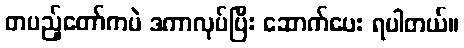
တပည့်တော်ကပဲ ဒကာလုပ်ပြီး ဆောက်ပေး ရပါတယ်။